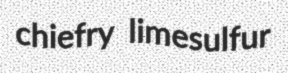
chiefry limesulfur